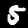
Label: 5